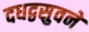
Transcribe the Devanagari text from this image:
दधद्वसुवने